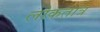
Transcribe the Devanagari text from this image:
लोकतांत्र